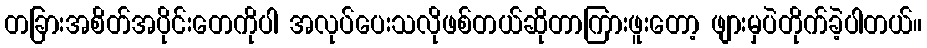
တခြားအစိတ်အပိုင်းတေကိုပါ အလုပ်ပေးသလိုဖစ်တယ်ဆိုတာကြားဖူးတော့ ဖျားမှပဲတိုက်ခဲ့ပါတယ်။